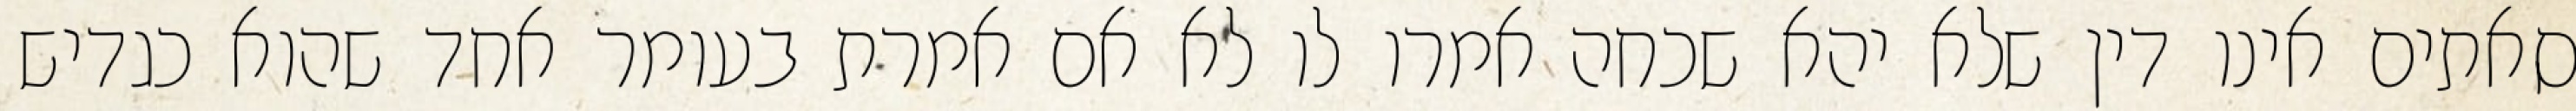
סאתים אינו דין שלא יהא שכחה אמרו לו לא אם אמרת בעומר אחד שהוא כגדיש